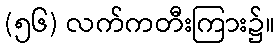
(၅၆) လက်ကတီးကြား၌။